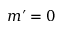
m \prime = 0